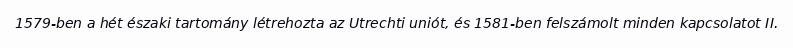
1579-ben a hét északi tartomány létrehozta az Utrechti uniót, és 1581-ben felszámolt minden kapcsolatot II.